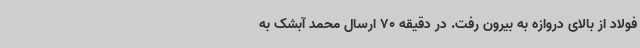
فولاد از بالای دروازه به بیرون رفت. در دقیقه 70 ارسال محمد آبشک به